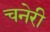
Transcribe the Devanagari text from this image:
चनेरी